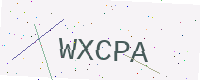
Text: WXCPA